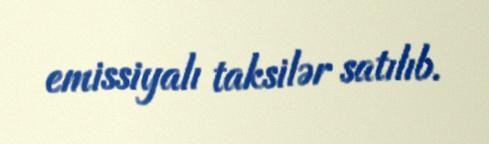
emissiyalı taksilər satılıb.